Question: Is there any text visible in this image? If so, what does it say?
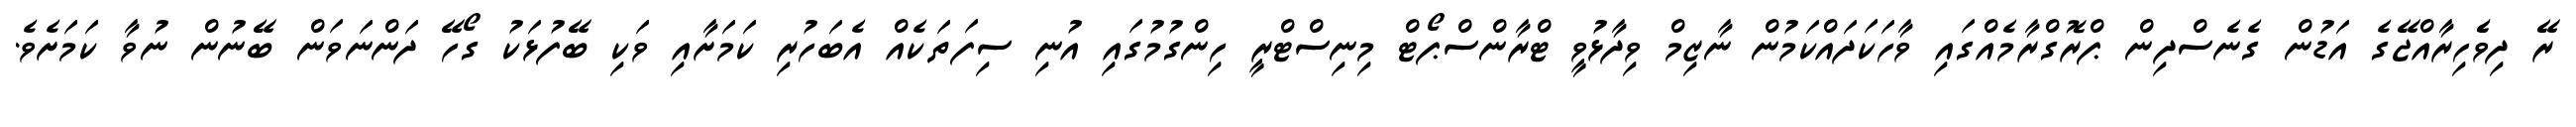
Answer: ރޭ ދިވެެހިރާއްޖޭގެ އަޑުން ގެނެސްދިން ޕްރޮގްރާމެއްގައި ވާހަކަދައްކަމުން ނާޒިމް ވިދާޅުވީ ޓްރާންސްޕޯޓް މިނިސްޓްރީ ހިންގުމުގައި އުނި ސިފަތަކެއް އެބަހުރި ކަމަށާއި ވަކި ބޭފުޅަކު ގޯހޭ ދަންނަވަން ބޭނުން ނުވާ ކަމަށެވެ.